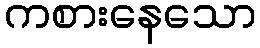
ကစားနေသော